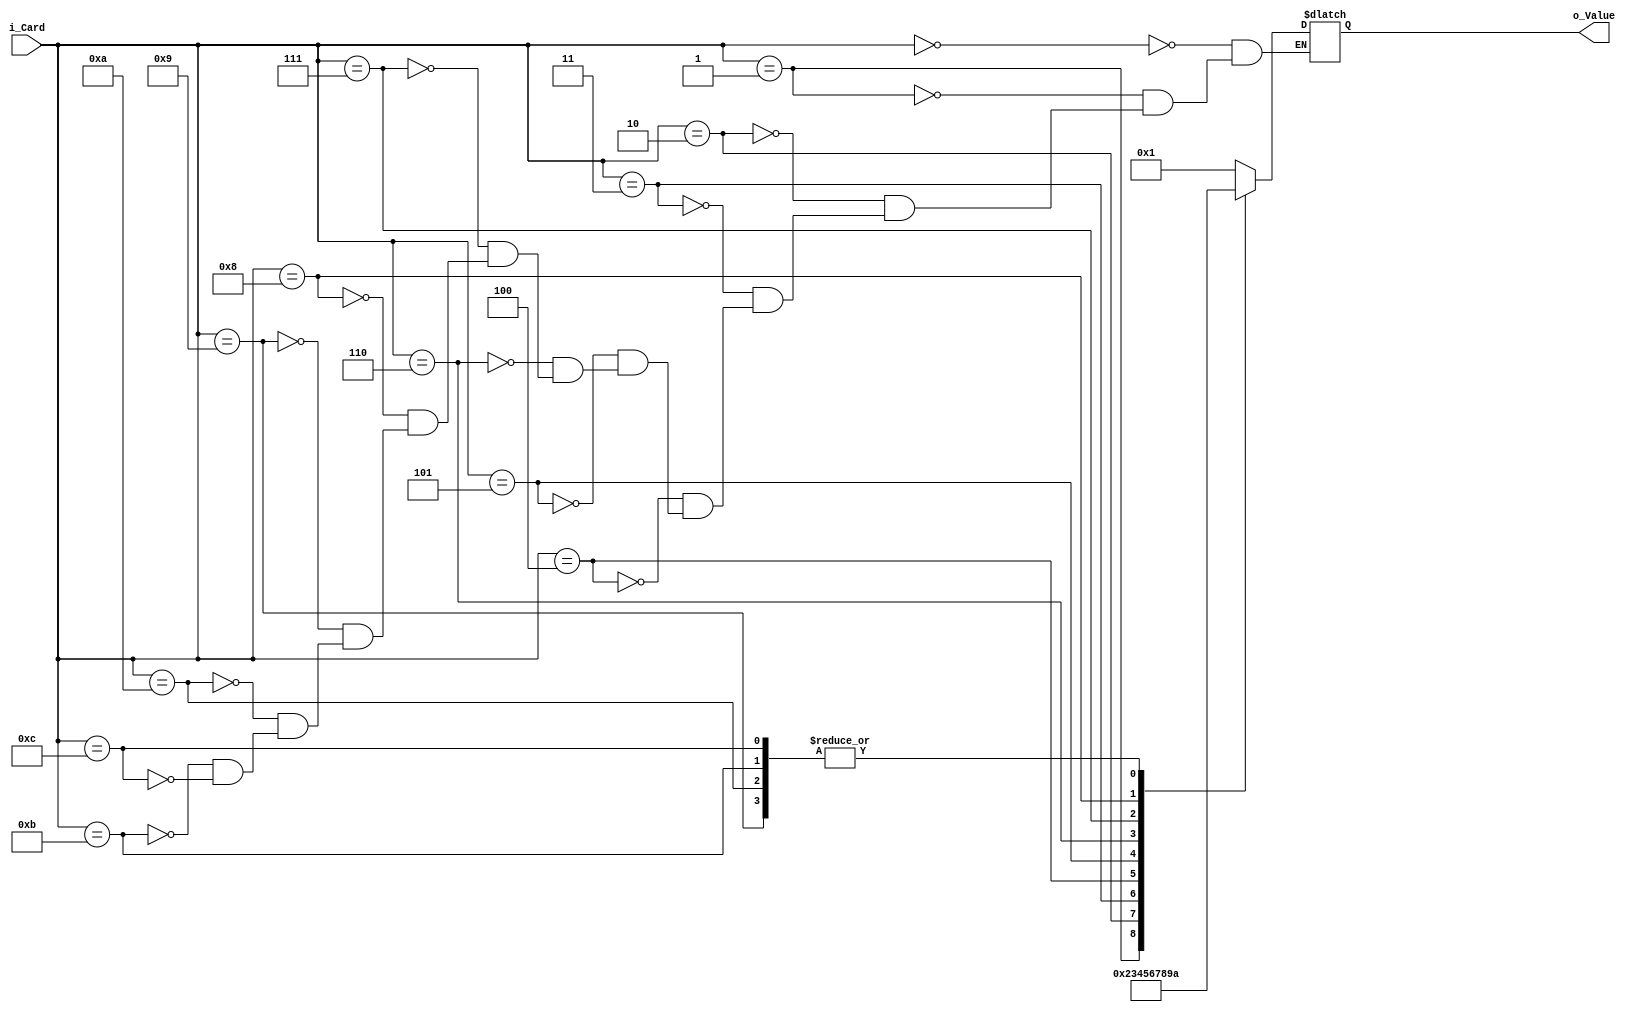
// Made by: Erick

module CardEvaluator
(
    input wire [3:0] i_Card,
    output reg [3:0] o_Value
);
    always @(*)
    begin
        case (i_Card)                           // Card (value)
            4'b 0000    : o_Value = 4'b 0001;   // A  (1)
            4'b 0001    : o_Value = 4'b 0010;   // 2  (2)
            4'b 0010    : o_Value = 4'b 0011;   // 3  (3)
            4'b 0011    : o_Value = 4'b 0100;   // 4  (4)
            4'b 0100    : o_Value = 4'b 0101;   // 5  (5)
            4'b 0101    : o_Value = 4'b 0110;   // 6  (6)
            4'b 0110    : o_Value = 4'b 0111;   // 7  (7)
            4'b 0111    : o_Value = 4'b 1000;   // 8  (8)
            4'b 1000    : o_Value = 4'b 1001;   // 9  (9)
            4'b 1001    : o_Value = 4'b 1010;   // 10 (10)
            4'b 1010    : o_Value = 4'b 1010;   // J  (10)
            4'b 1011    : o_Value = 4'b 1010;   // Q  (10)
            4'b 1100    : o_Value = 4'b 1010;   // K  (10)
        endcase
    end

endmodule // CardEvaluator